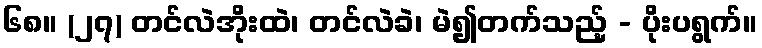
၆၈။ (၂၇) တင်လဲအိုးထဲ၊ တင်လဲခဲ၊ မဲ၍တက်သည့် - ပိုးပရွက်။